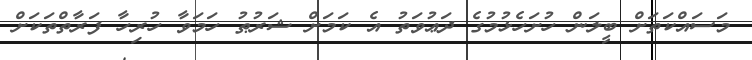
މަސައްކަތަށް ބީލަން ހުށަހެޅުމުގެ ދަޢުވަތު އެ ކަމަށް ޝަރުޠު ހަމަވާ ހުރިހާ ފަރާތްތަކަށް